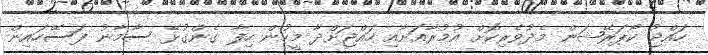
ހައްޖު ކޯޕަރޭޝަން މެދުވެރިކޮށް އުމުރާއަށާއި ހައްޖަށްދާ މީހުން ހިފާ ގެންގުޅޭ ސާމާނު ފަސޭހައިން